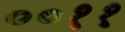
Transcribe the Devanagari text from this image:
००११